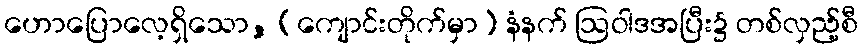
ဟောပြောလေ့ရှိသော, (ကျောင်းတိုက်မှာ) နံနက် ဩဝါဒအပြီး၌ တစ်လှည့်စီ